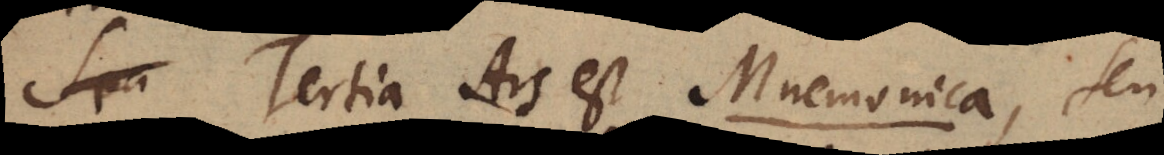
Spa Tertia Ars est Mnemonica , seu